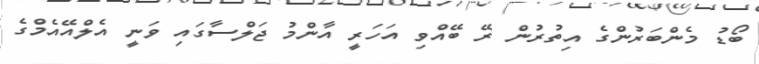
ބޯޑު މެންބަރުންގެ އިތުރުން ރޭ ބޭއްވި އަހަރީ އާންމު ޖަލްސާގައި ވަނީ އެލްއޭއެމްގެ